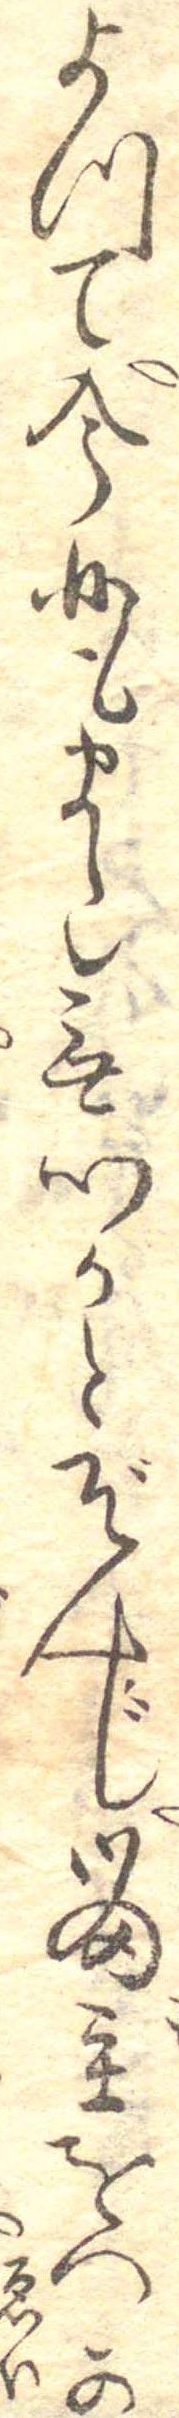
よつて今日もまた無心かとぞんじ留守をつか